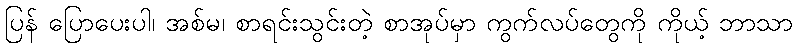
ပြန် ပြောပေးပါ၊ အစ်မ၊ စာရင်းသွင်းတဲ့ စာအုပ်မှာ ကွက်လပ်တွေကို ကိုယ့် ဘာသာ